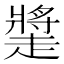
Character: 𧽩